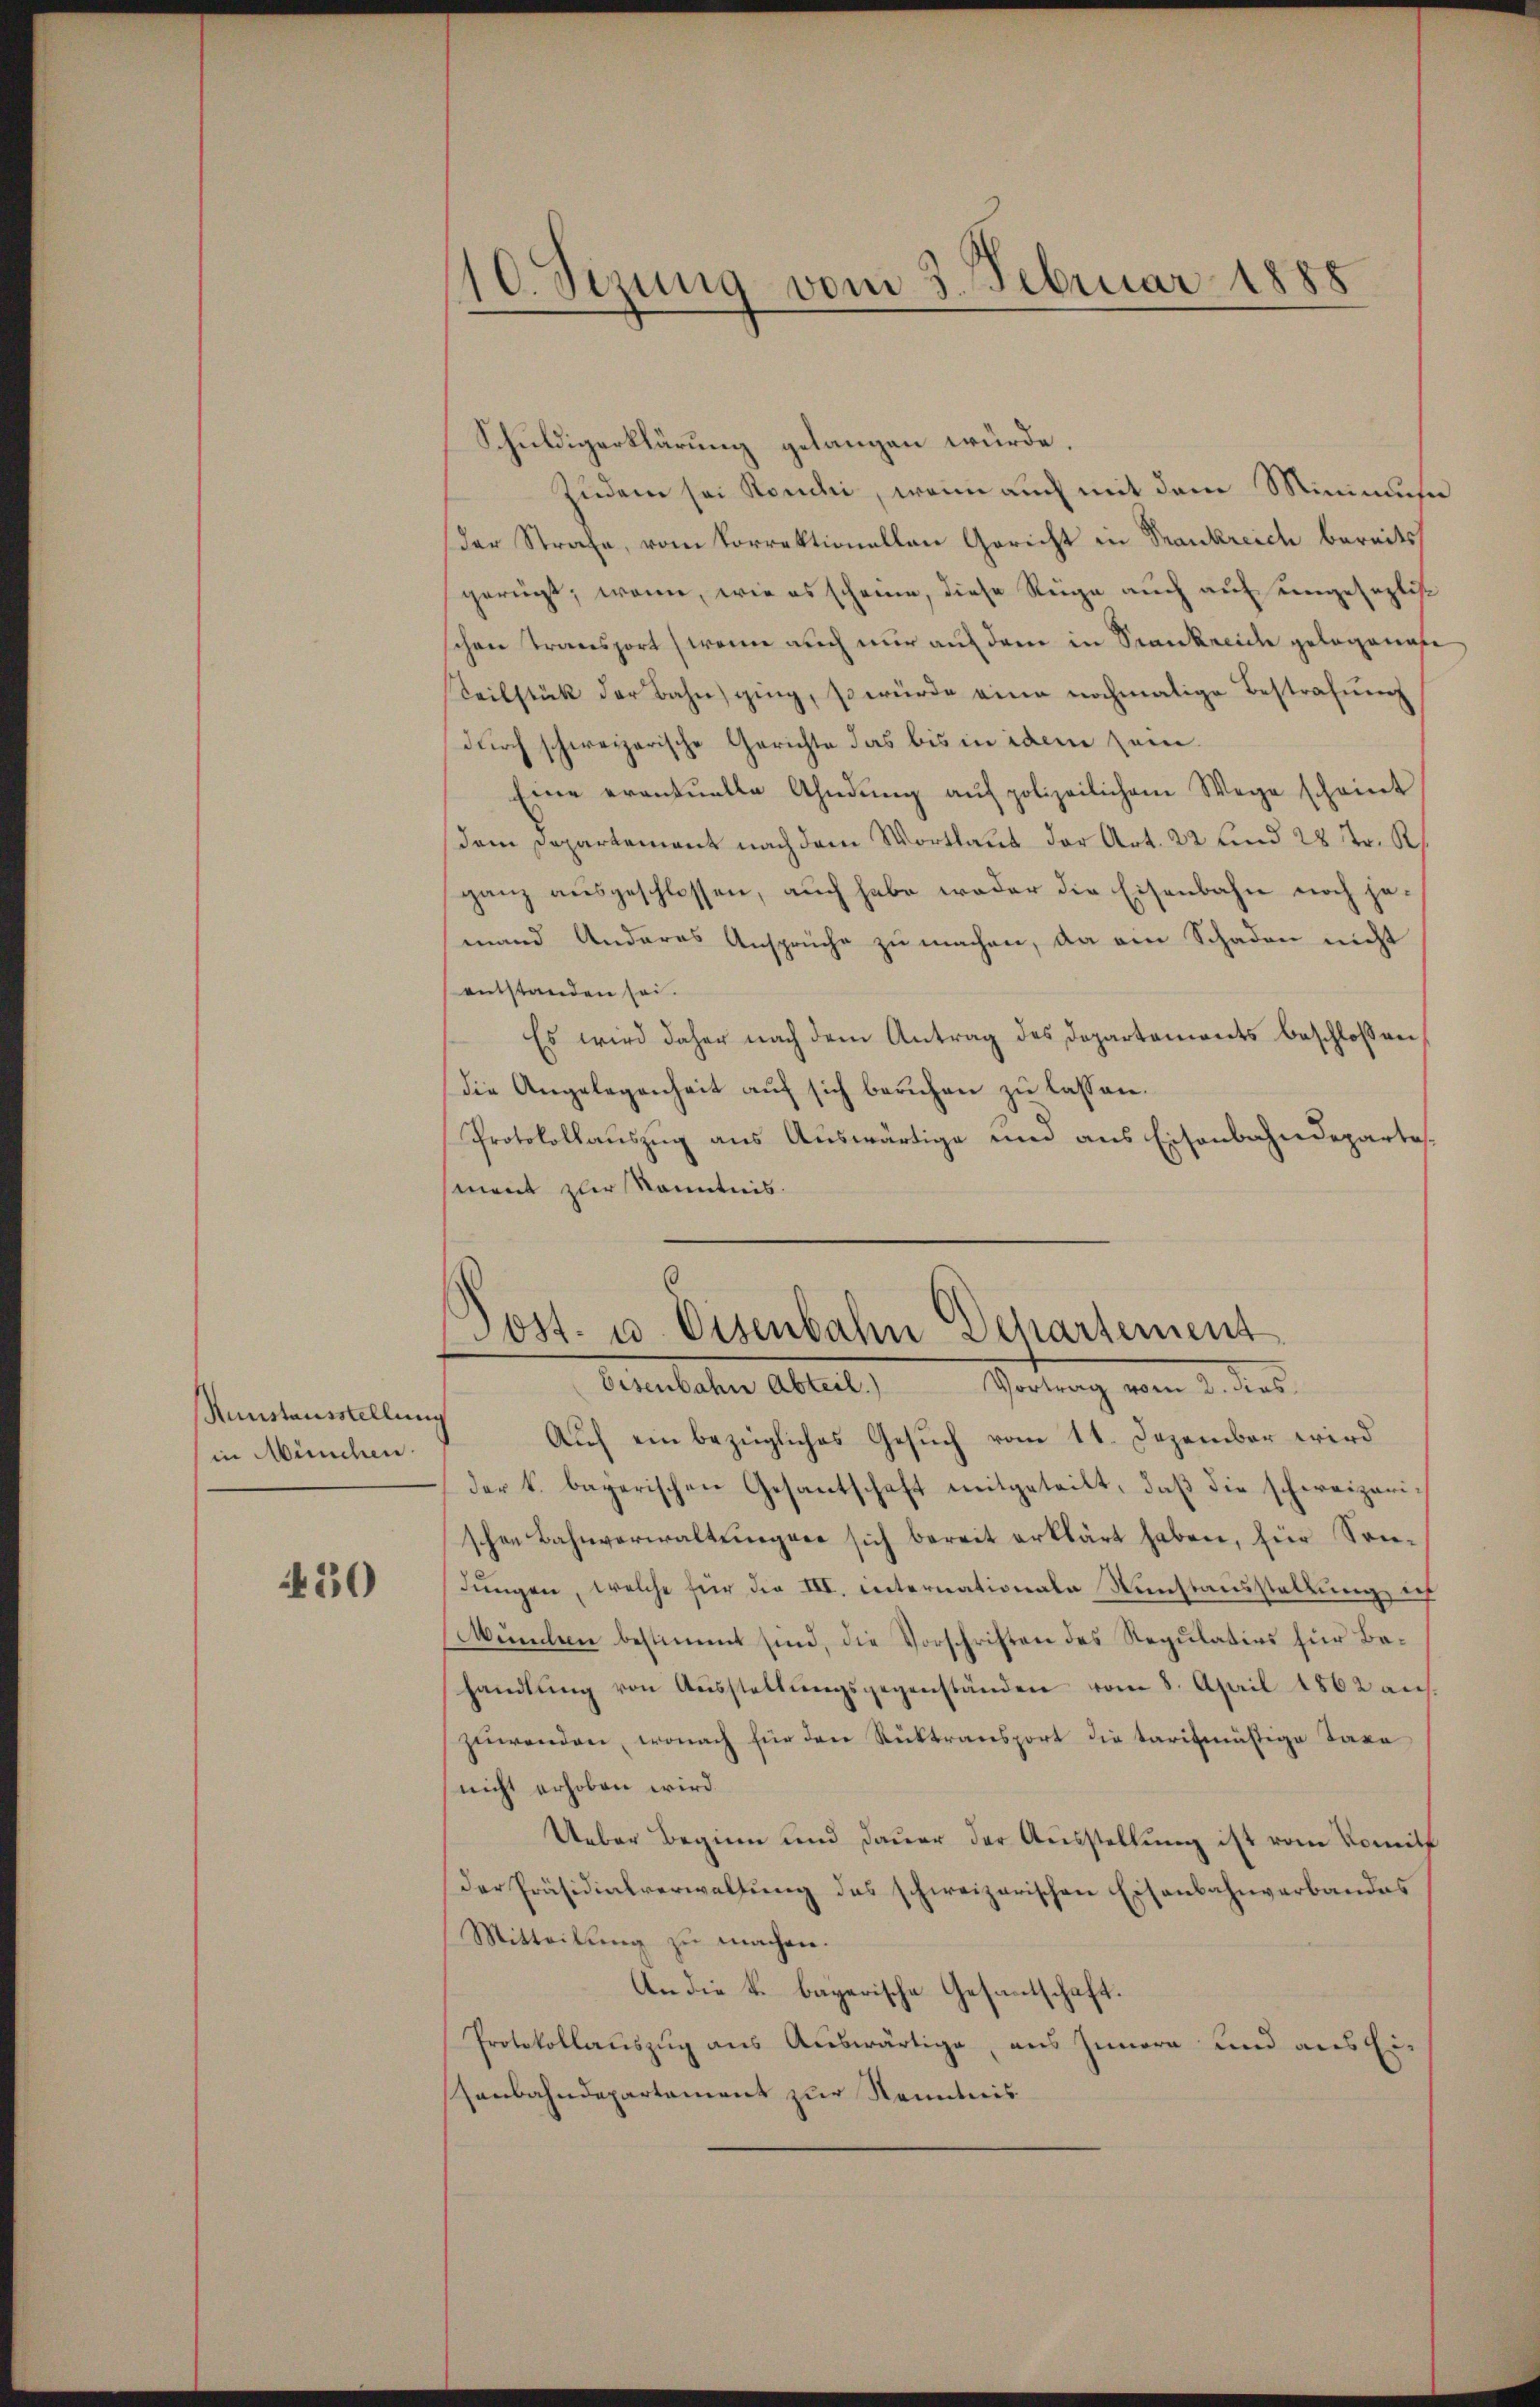
Runstausstellung
in München.

430

10. Sezung vom 3. Februar 1888

Schuldigerklärung gelangen würde.
Zudem sei Kondii, wenn auch mit dem Minimus
der Strafe, vom Vorrektionellen Gericht in Frankreich bereits
gerügt, wenn, wie es scheine, diese Rege auch auf ungesezlis
schen Transport (wenn auch nur auf dem in Krankreiche gelegenafe,
Teilstück der Bahn ging, so würde eine nochmalige Bestrafung
durch schweizerische Gerichte das bis in idem zum
Eine erantŭelle Ahndŭng aŭf polizeilichem Wege scheint
dem Departement nach dem Wortlaut der Art. 22 und 28 Fr. R.
ganz ausgeschlossen, auch habe weder die Eisenbahn noch jemand Anderes Ansprüche zu machen, da am Schaden nicht
entstanden sei.
Es wird daher nach dem Antrag des Departements beschlossen,
die Angelegenheit auf sich beruhen zu lassen.
Protokollauszug aus Auswärtige und aus Eisenbahndepartement zur Kenntnis.
6

Post. u. Osenbahn Departement
Eisenbahn Abteil. Vortrag vom 2. dies

Auf ein bezügliches Gesuch vom 11. Dezember wird
der k. bayerischen Gesantschaft mitgeteilt, daß die schweizerischen Bahnverwaltŭngser sich bereit erklärt haben, für Son-
dungen, welche für die III. internationale Kunstausstellung, ich
Münden bestimmt sind, die Vorschriften des Regulatios für Behandlŭng von Aŭsstellŭngsgegenständen vom 8. April 1862 aus.
zuwenden, wonach für den Rücktransport die tarifmäßige Taxa
nicht erhoben wird.
Ueber Beginn und Dauer der Ausstellung ist vom Komit
Der Präsidialverwaltung des schweizerischen Eisenbahnverbandes
Mitteilung zu machen.
An die k. bayerische Gesandtschaft.
Protokollauszug aus Auswärtige, aus Innern und aus Ei¬
Hanbahndepartement zur Kenntnis